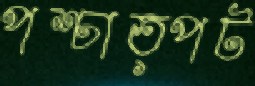
পশ্চাত্পট